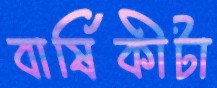
বার্ষিকীটা